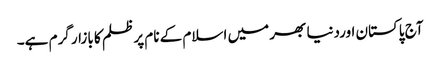
آج پاکستان اوردنیا بھر میں اسلام کے نام پر ظلم کا بازار گرم ہے۔